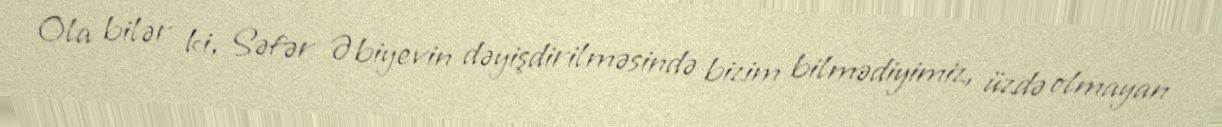
Ola bilər ki, Səfər Əbiyevin dəyişdirilməsində bizim bilmədiyimiz, üzdə olmayan